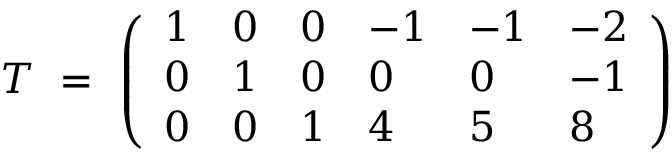
{ \cal T } ~ = ~ \left( \begin{array} { l l l l l l } { { 1 } } & { { 0 } } & { { 0 } } & { { - 1 } } & { { - 1 } } & { { - 2 } } \\ { { 0 } } & { { 1 } } & { { 0 } } & { { 0 } } & { { 0 } } & { { - 1 } } \\ { { 0 } } & { { 0 } } & { { 1 } } & { { 4 } } & { { 5 } } & { { 8 } } \end{array} \right)